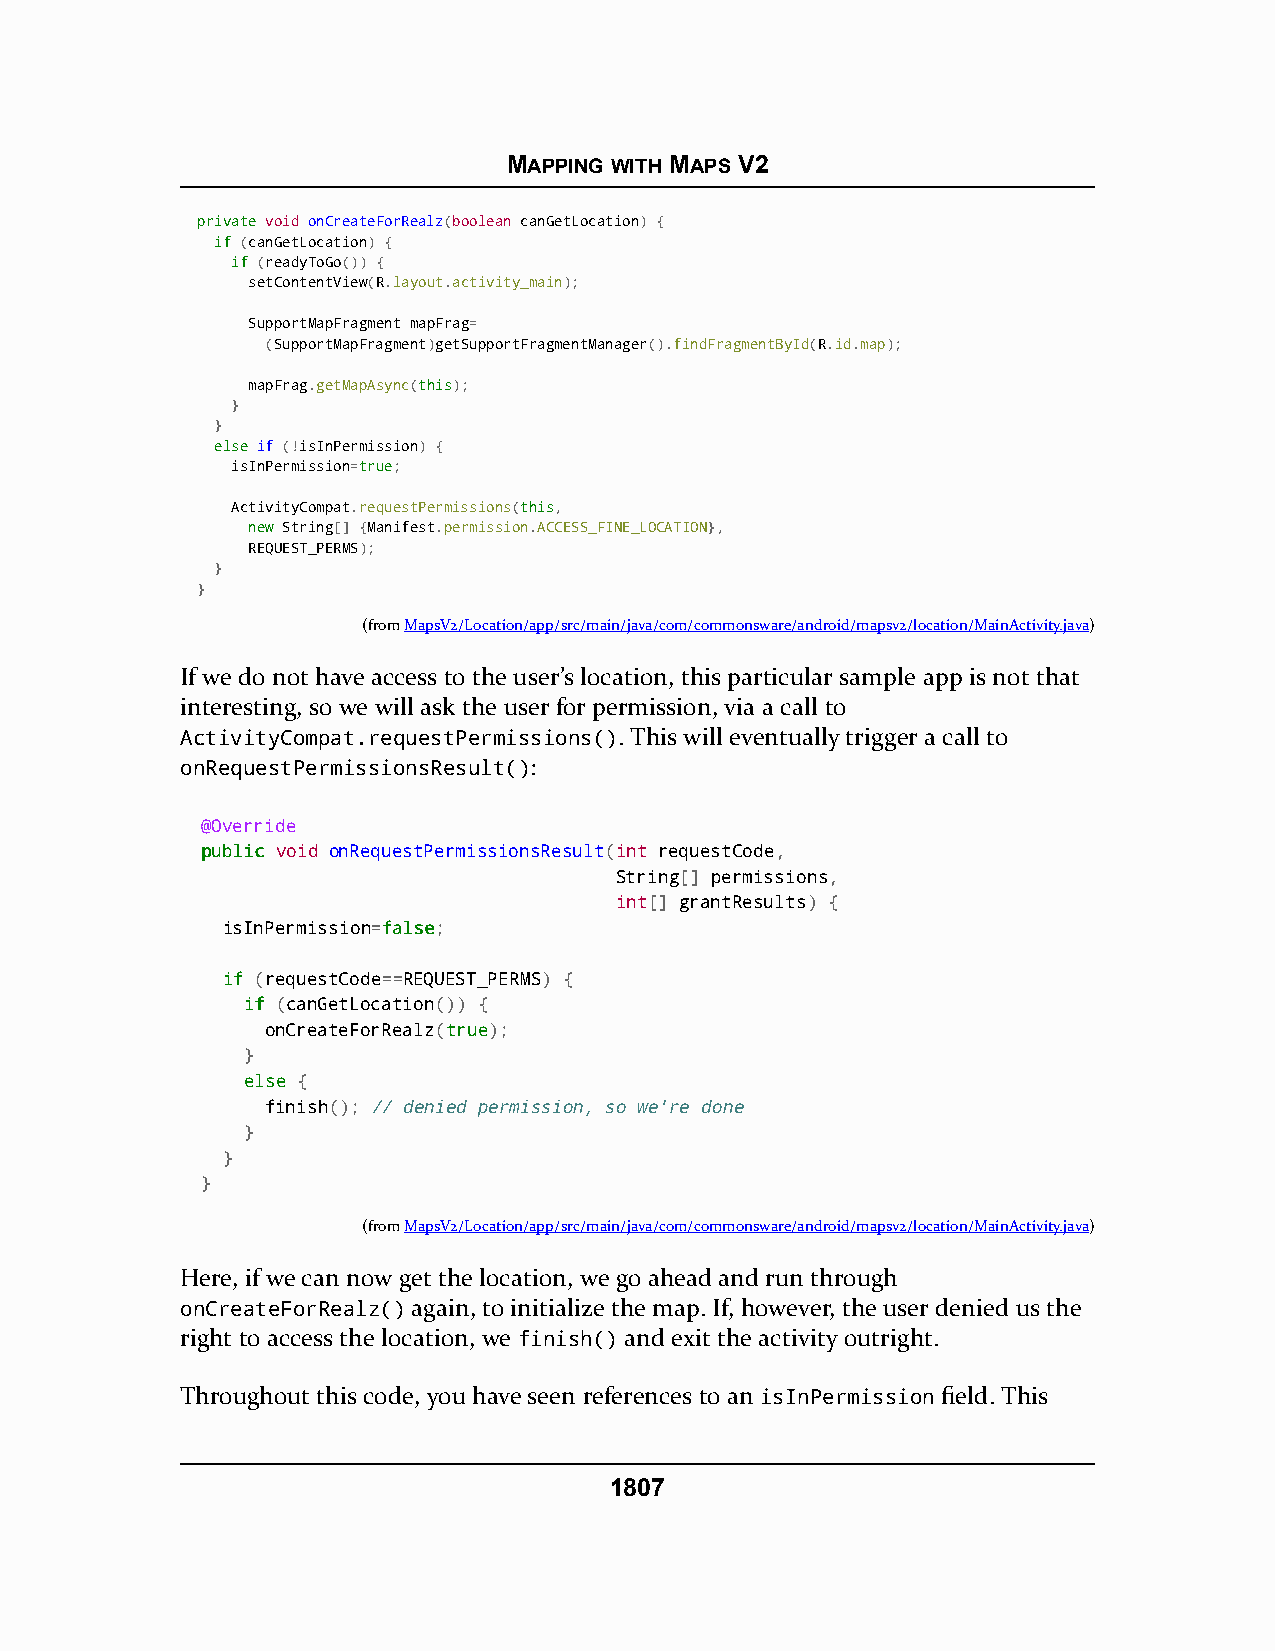
MAPPING WITH MAPS V2
 pprriivvaattee void onCreateForRealz(boolean canGetLocation) {
 iiff (canGetLocation) {
 iiff (readyToGo()) {
 setContentView(R.layout.activity_main);
 SupportMapFragment mapFrag=
 (SupportMapFragment)getSupportFragmentManager().findFragmentById(R.id.map);
 mapFrag.getMapAsync(tthhiiss);
 }
 }
 eellssee if (!isInPermission) {
 isInPermission=ttrruuee;
 ActivityCompat.requestPermissions(tthhiiss,
 nneeww String[] {Manifest.permission.ACCESS_FINE_LOCATION},
 REQUEST_PERMS);
 }
 }
 (fromMapsV2/Location/app/src/main/java/com/commonsware/android/mapsv2/location/MainActivity.java)
 If we do not have access to the user’s location, this particular sample app is not that
 interesting, so we will ask the user for permission, via a call to
 ActivityCompat.requestPermissions(). This will eventually trigger a call to
 onRequestPermissionsResult():
 @Override
 ppuubblliicc void onRequestPermissionsResult(int requestCode,
 String[] permissions,
 int[] grantResults) {
 isInPermission=ffaallssee;
 iiff (requestCode==REQUEST_PERMS) {
 iiff (canGetLocation()) {
 onCreateForRealz(ttrruuee);
 }
 eellssee {
 finish(); // denied permission, so we're done
 }
 }
 }
 (fromMapsV2/Location/app/src/main/java/com/commonsware/android/mapsv2/location/MainActivity.java)
 Here, if we can now get the location, we go ahead and run through
 onCreateForRealz() again, to initialize the map. If, however, the user denied us the
 right to access the location, we finish() and exit the activity outright.
 Throughout this code, you have seen references to an isInPermission field. This
 1807